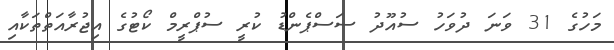
މަހުގެ 31 ވަނަ ދުވަހު ސުއޫދު ސަސްޕެންޑު ކުރީ ސުޕްރީމް ކޯޓުގެ އިޖުރާއަތްތަކާއި